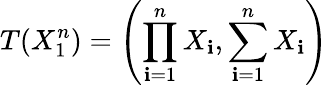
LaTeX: T(X_{1}^{n})=\left(\prod_{\mathbf{i}=1}^{n}X_{\mathbf{i}},\sum_{\mathbf{i}=1}^{n}X_{\mathbf{i}}\right)